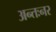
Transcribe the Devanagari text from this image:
अन्तःनर